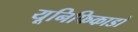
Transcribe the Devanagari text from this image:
यूनिफिकाडो